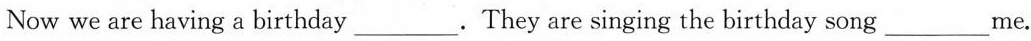
Now we are having a birthday___. They are singing the birthday song___me.